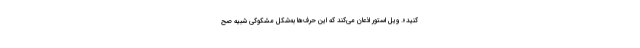
کنید». ویل استور اذعان می‌کند که این حرف‌ها به‌شکل مشکوکی شبیه صح